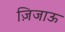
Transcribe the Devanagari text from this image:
ज़िजाऊ